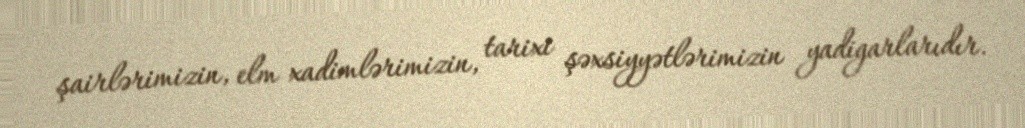
şairlərimizin, elm xadimlərimizin, tarixi şəxsiyyətlərimizin yadigarlarıdır.